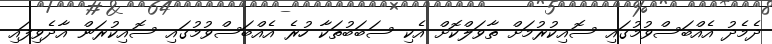
ދެމެދު އެއްބަސްވުމުގައި ސޮއިކުރުމަށް ތާވަލްކޮށް އެކި ސަބަބުތަކާ ހުރެ އެއްބަސްވުމުގައި ސޮއިކުރަން އާދެވިފައި